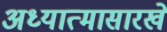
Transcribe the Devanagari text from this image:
अध्यात्मासारखे